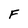
Character: F